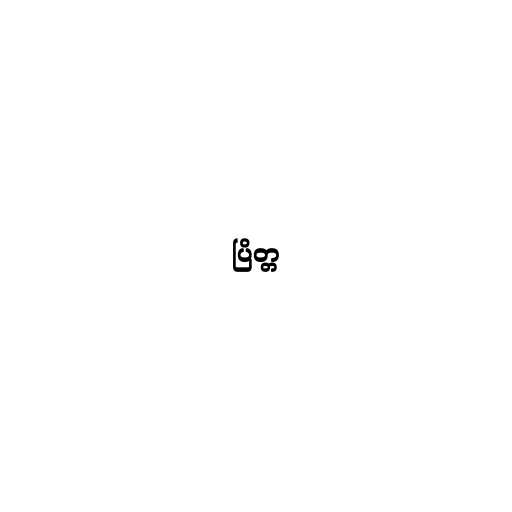
ပြိတ္တ